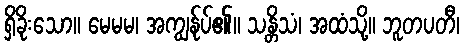
ရှိခိုးသော။ မေမမ၊ အကျွန်ုပ်၏။ သန္တိသံ၊ အထံသို့။ ဘူတပတီ၊